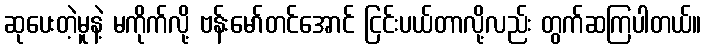
ဆုပေးတဲ့မူနဲ့ မကိုက်လို့ ဗန်းမော်တင်အောင် ငြင်းပယ်တာလို့လည်း တွက်ဆကြပါတယ်။